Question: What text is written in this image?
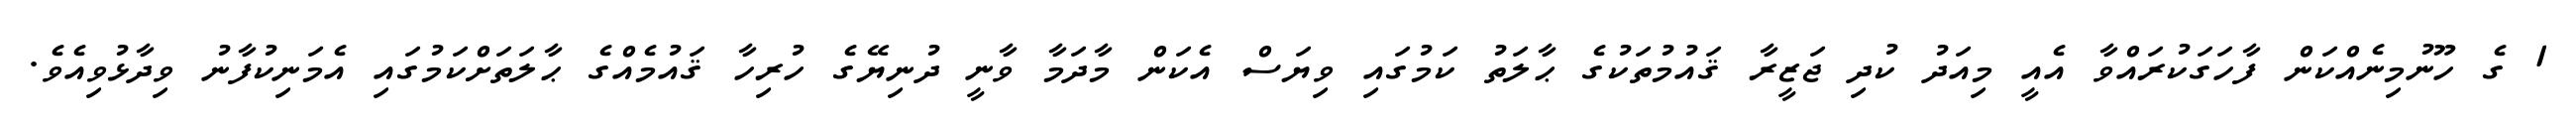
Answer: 1 ގެ ހޫނުމިނެއްކަން ފާހަގަކުރައްވާ އެއީ މިއަދު ކުދި ޖަޒީރާ ޤައުމުތަކުގެ ޙާލަތު ކަމުގައި ވިޔަސް އެކަން މާދަމާ ވާނީ ދުނިޔޭގެ ހުރިހާ ޤައުމެއްގެ ޙާލަތަށްކަމުގައި އެމަނިކުފާނު ވިދާޅުވިއެވެ.